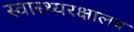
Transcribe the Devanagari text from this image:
स्वास्थ्यरक्षालय